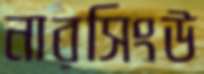
নারসিংউ